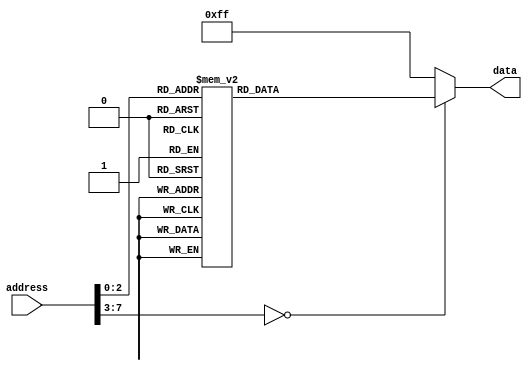
module ROM (
    input [7:0] address,
    output reg [7:0] data
);

always @(*) begin
    case(address)
        8'b00000000: data = 8'b00000001;
        8'b00000001: data = 8'b00000010;
        8'b00000010: data = 8'b00000011;
        8'b00000011: data = 8'b00000100;
        8'b00000100: data = 8'b00000101;
        8'b00000101: data = 8'b00000110;
        8'b00000110: data = 8'b00000111;
        8'b00000111: data = 8'b00001000;
        default: data = 8'b11111111; // default value for addresses not defined
    endcase
end

endmodule